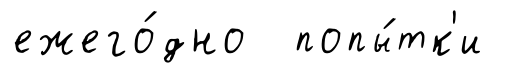
ежего́дно попы́тк'и